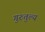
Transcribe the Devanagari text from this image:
गुरुतुल्य